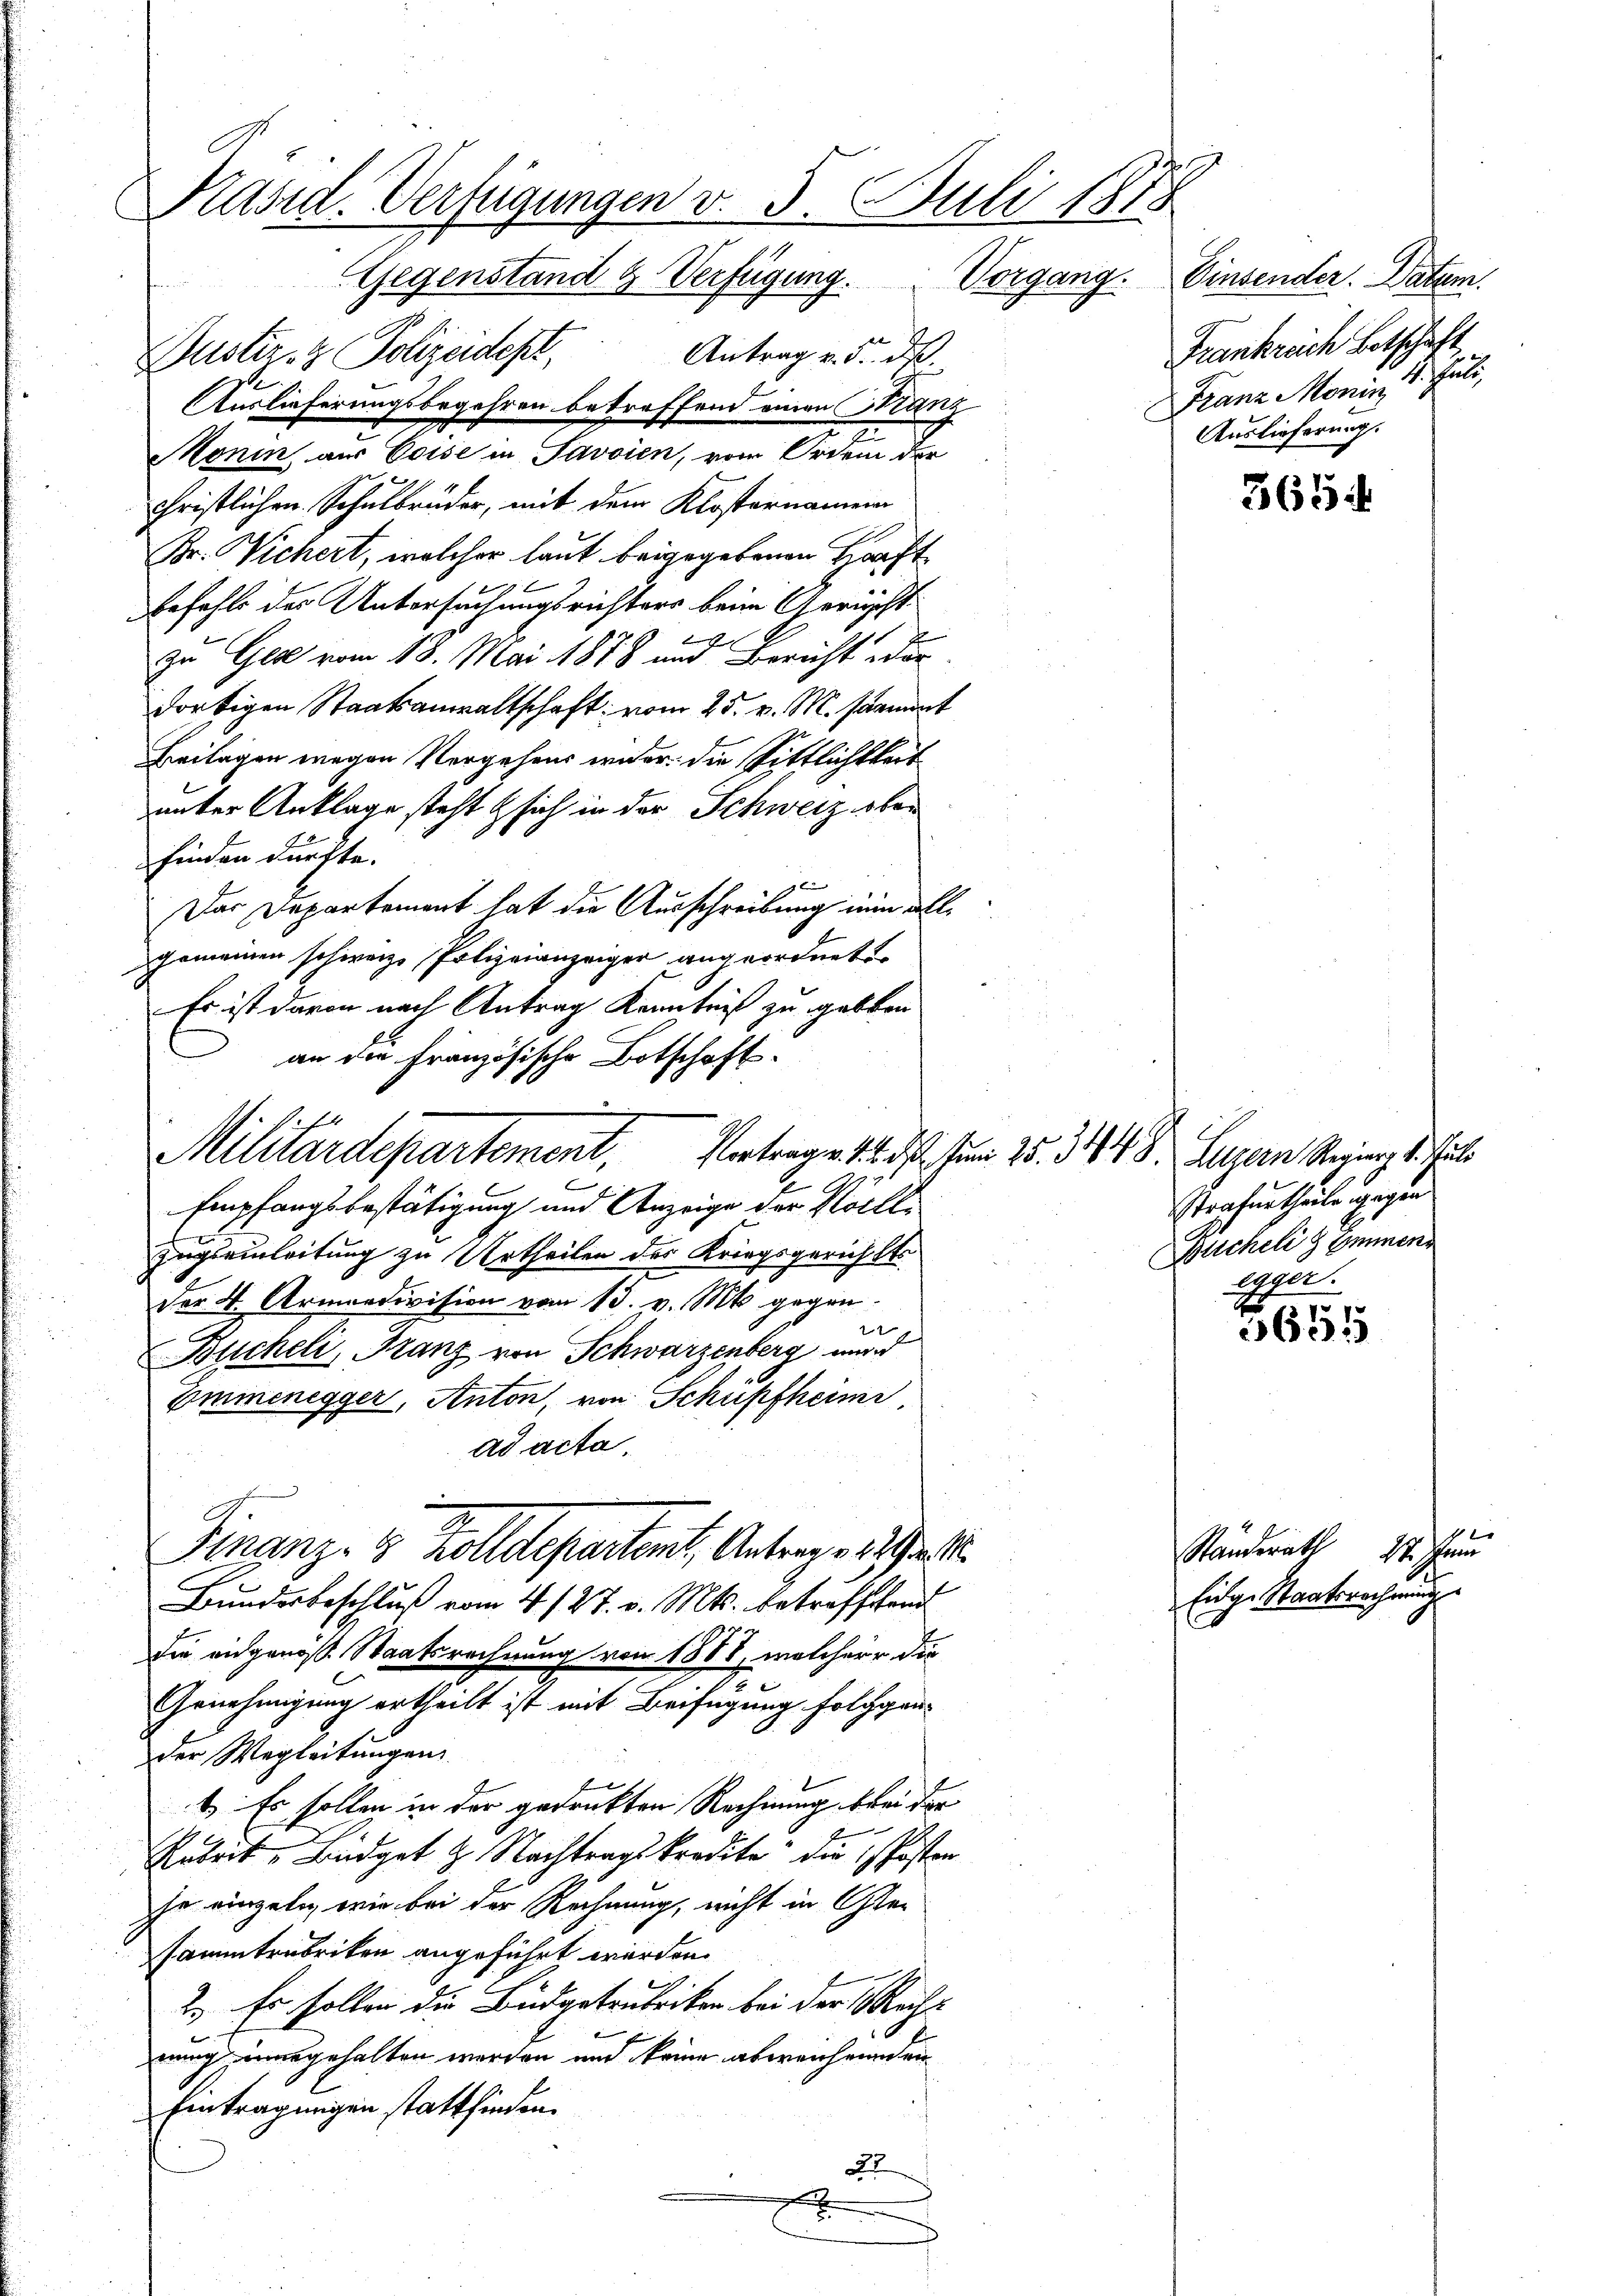
Präsid. Verfügungen v. 5. Juli 1878
Gegenstand & Verfügung. Vorgang.

Antrag v. 5. ds.
Gustiz- & Polizeidest,
g
Auslieferungsbegehren betreffend einen Tanz
Monin aus Coise in Savoien, von Orden der
christlichen Schulbrüder, mit dem Klosternamen
Br. Vichert, welcher laut beigegebenen Haft-
befehls des Untersuchungsrichters beim Gericht
d
B
zu Ges vom 18. Mai 1878 und Bericht wer
dortigen Staatsanwaltschaft vom 25. v. M. stament
Beilagen wegen Vergehens wider die Sittlichkeit
unter Anklage steht & sich in der Schweiz ober
finden dürfte.

Das Departement hat die Ausschreibung nun allgemeinen schweiz. Polizeianzeiger angeordnet
Es ist davon nach Antrag Kenntniß zu geben
an die Französische Botschaft.
Militardepartement, Vertrage 14. d. um 25. 3448. Luzern Reging 1. Jul
E
Empfangsbestätigung und Anzeige der Rochle
Zugseinleitung zu Urtheilen des Kriegsgerichtss
Der 4. Armondivision vom 13. v. Mts. gegen-
Bucheli, Franz von Schwarzenberg wurd
Emmenegger, Anton, von Schüpfheimi
ad acta.
Finanz- & Zolldepartamt, Antrage hielt
Bundesbeschluß vom 4. 127. v. Mts. betroffend
Die eidgenoß Staatsrechnung von 1888, welcher die
Genehmigung ertheilt ist mit Beifügung folggender Wegleitungen
b. Es sollen in der gedruckten Rechnung bei der
Arbeit, Budget 2. Nachtragskredita die Posten
se einzeln, wie bei der Rechnung, nicht in Oster
sammtrubriken angeführt werden.
2.) Es sollen die Büdgetrubriken bei der Recht
nung unangehalten werden und keine abweichenden
Eintragungen stattfinden.
22

f

Einsender. Datum.
Frankreich Betschaft
Franz Monin, 1. Juli,
Auslieferung.

365

Strafurtheile gegen
Bucheli z Emmene
egger.

3655

Ständerath 17. Ju
Eidge Staatsrechnung